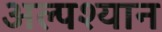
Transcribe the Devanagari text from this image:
अल्पश्यान